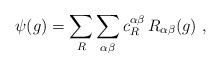
LaTeX: \begin{align*}\psi(g)=\sum_R \sum_{\alpha \beta} c_R^{\alpha \beta} \,R_{\alpha \beta}(g)~,\end{align*}